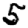
Digit: 5